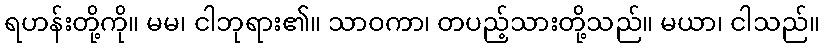
ရဟန်းတို့ကို။ မမ၊ ငါဘုရား၏။ သာဝကာ၊ တပည့်သားတို့သည်။ မယာ၊ ငါသည်။